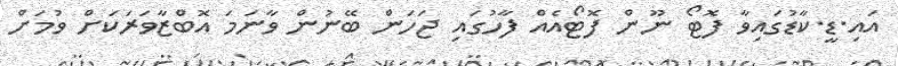
އައި.ޑީ.ކާޑުގައިވާ ފޮޓޯ ނޫން ފޮޓޯއެއް ފާހުގައި ޖަހަން ބޭނުން ވާނަމަ އޮބްޒާވަރަކަށް ވުމަށް